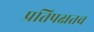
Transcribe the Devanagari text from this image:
प्रतिपक्षतव